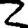
Digit: 2